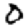
Digit: 0